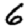
Digit: 6